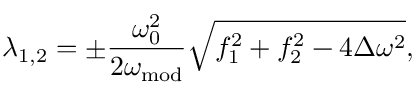
\lambda _ { 1 , 2 } = \pm \frac { \omega _ { 0 } ^ { 2 } } { 2 \omega _ { \mathrm { m o d } } } \sqrt { f _ { 1 } ^ { 2 } + f _ { 2 } ^ { 2 } - 4 \Delta \omega ^ { 2 } } ,